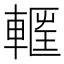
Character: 𮝝